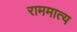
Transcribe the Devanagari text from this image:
राममात्य